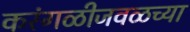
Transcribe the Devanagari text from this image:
करंगळीजवळच्या